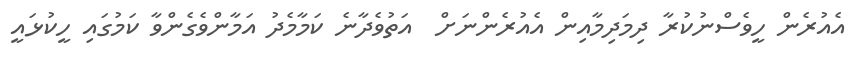
އެއުރެން ހީވެސްނުކުރާ ދިމަދިމާއިން އެއުރެންނަށް  އަތުވެދާނެ ކަމާމެދު އަމާންވެގެންވާ ކަމުގައި ހީކުޅައީ